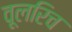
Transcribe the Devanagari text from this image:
वूलरिच